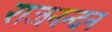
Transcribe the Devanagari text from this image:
राजनन्दन